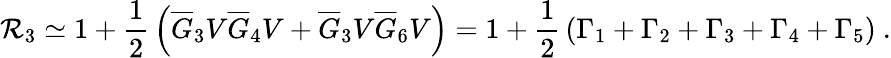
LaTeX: \mathcal{R}_{3}\simeq1+{\frac{{1}}{{2}}}\left(\overline{{{G}}}_{3}V\overline{{{G}}}_{4}V+\overline{{{G}}}_{3}V\overline{{{G}}}_{6}V\right)=1+{\frac{{1}}{{2}}}\left(\Gamma_{1}+\Gamma_{2}+\Gamma_{3}+\Gamma_{4}+\Gamma_{5}\right)\ .